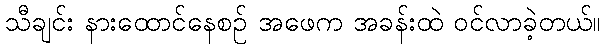
သီချင်း နားထောင်နေစဉ် အဖေက အခန်းထဲ ဝင်လာခဲ့တယ်။